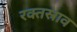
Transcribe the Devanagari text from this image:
रक्‍तस्राव